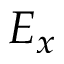
E _ { x }